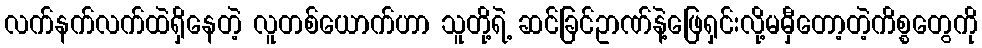
လက်နက်လက်ထဲရှိနေတဲ့ လူတစ်ယောက်ဟာ သူတို့ရဲ့ ဆင်ခြင်ဥာဏ်နဲ့ဖြေရှင်းလို့မမှီတော့တဲ့ကိစ္စတွေကို